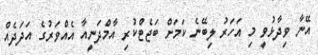
އޭނާ ވިދާޅުވީ މި އަހަރު ލިބޭނެ ކަމަށް ބަޖެޓްކުރި އާމްދަނީއާ އެއްވަރުގެ އަދަދެއް